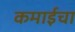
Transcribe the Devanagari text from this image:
कमाईचा